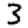
Digit: 3